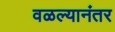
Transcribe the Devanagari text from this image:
वळल्यानंतर